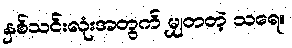
နှစ်သင်းလုံးအတွက် မျှတတဲ့ သရေ။